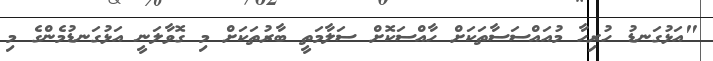
"އަޅުގަނޑު ހުރިހާ މުއައްސަސާތަކަށް ހާއްސަކޮށް ސަލާމަތީ ބާރުތަކަށް މި ގޮވާލަނީ އަޅުގަނޑުމެންގެ މި